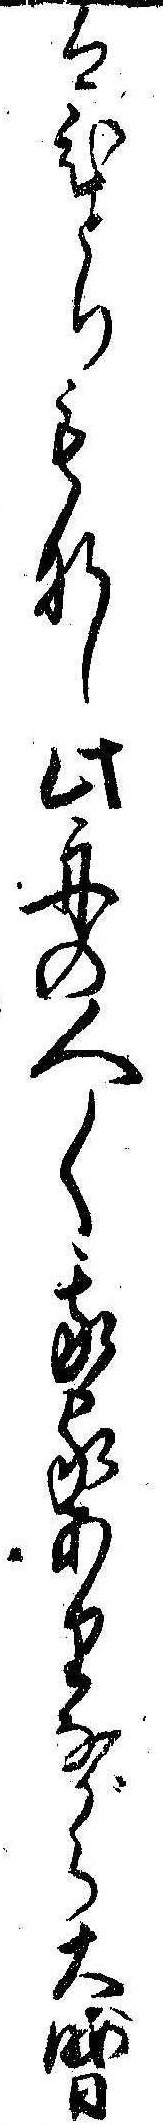
はひとりもなし此舟の人〱我家ありながら大晦日